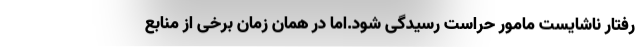
رفتار ناشایست مامور حراست رسیدگی شود.اما در همان زمان برخی از منابع